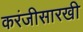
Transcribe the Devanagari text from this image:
करंजीसारखी